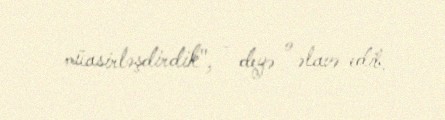
müasirləşdirdik", - deyə o əlavə edib.